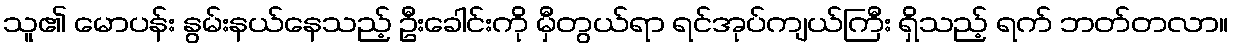
သူ၏ မောပန်း နွမ်းနယ်နေသည့် ဦးခေါင်းကို မှီတွယ်ရာ ရင်အုပ်ကျယ်ကြီး ရှိသည့် ရက် ဘတ်တလာ။